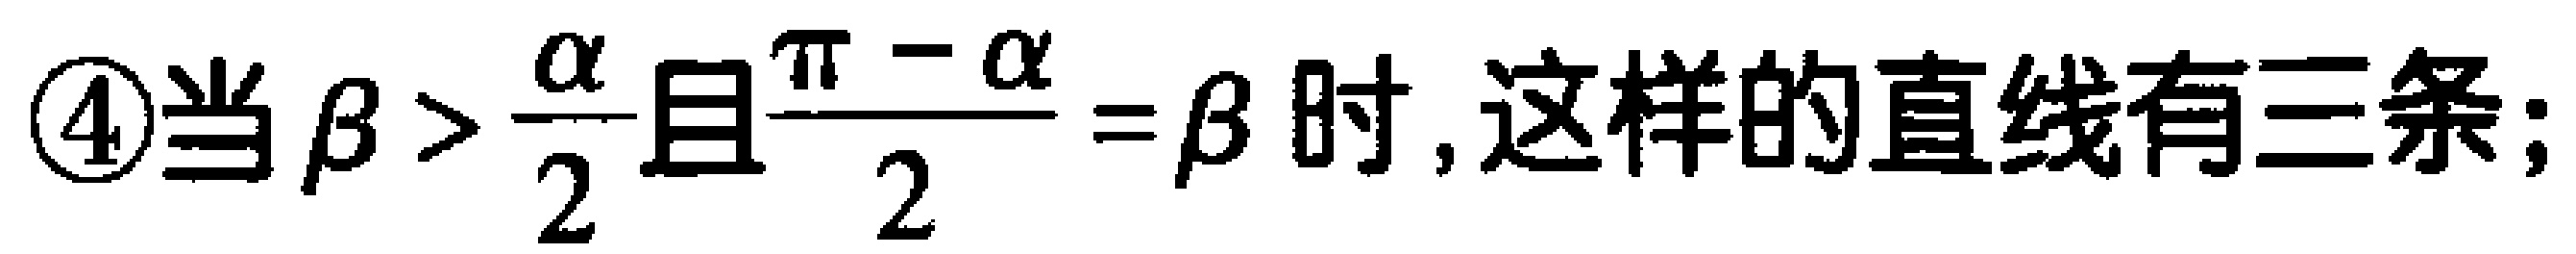
\textcircled{4}当$\beta > \frac{\alpha}{2}$且$\frac{\pi - \alpha}{2} = \beta$时,这样的直线有三条;